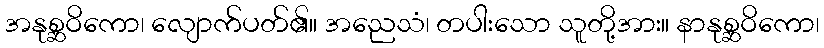
အနုစ္ဆဝိကော၊ လျောက်ပတ်၏။ အညေသံ၊ တပါးသော သူတို့အား။ နာနုစ္ဆဝိကော၊